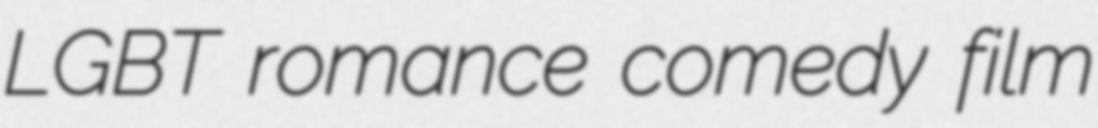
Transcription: LGBT romance comedy film